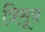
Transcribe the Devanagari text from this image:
त्रिसूत्र